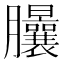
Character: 𦣙